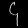
Digit: ၄